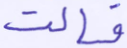
فسالت